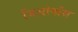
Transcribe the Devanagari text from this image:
जिओर्गोस